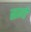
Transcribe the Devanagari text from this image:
सागों